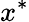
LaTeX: x^{\ast}